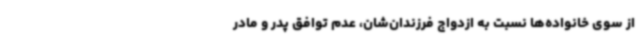
از سوی خانواده‌ها نسبت به ازدواج فرزندان‌شان، عدم توافق پدر و مادر